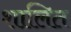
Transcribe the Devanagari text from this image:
शालित